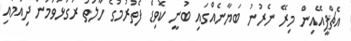
އެޗްޕީއޭއިން މިރޭ ނެރުނު ބަޔާނެއްގައި ބުނީ ކޮވިޑް ފެތުރުމުގެ ހާލަތު ރަގަޅުވަމުން ދިއުމާއި